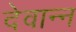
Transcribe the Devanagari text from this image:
देवान्न